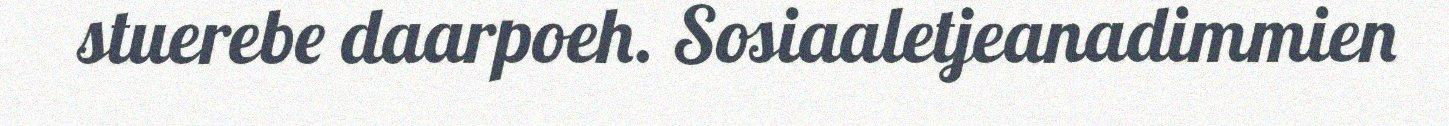
stuerebe daarpoeh. Sosiaaletjeanadimmien